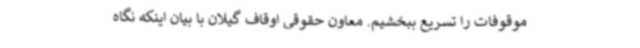
موقوفات را تسریع ببخشیم. معاون حقوقی اوقاف گیلان با بیان اینکه نگاه